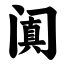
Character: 阗